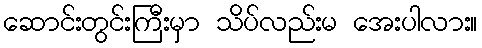
ဆောင်းတွင်းကြီးမှာ သိပ်လည်းမ အေးပါလား။